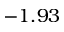
- 1 . 9 3